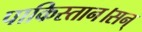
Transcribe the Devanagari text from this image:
पाकिस्तान।सन्